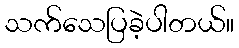
သက်သေပြခဲ့ပါတယ်။